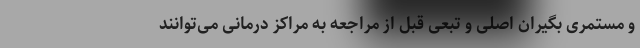
و مستمری بگیران اصلی و تبعی قبل از مراجعه به مراکز درمانی می‌توانند